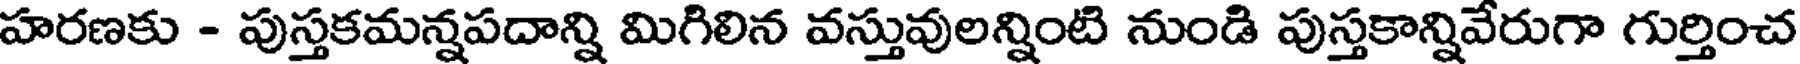
హరణకు - పుస్తకమన్నపదాన్ని మిగిలిన వస్తువులన్నింటి నుండి పుస్తకాన్నివేరుగా గుర్తించ